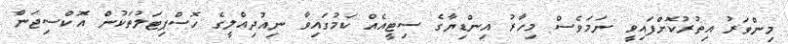
މިންވަރު އިތުރުކޮށްފައިވީ ނަމަވެސް މިހާރު އިންޑިޔާގެ ސިޓީއެއް ކަމުގައިވާ ނިއުދިއްލީގެ ހޮސްޕިޓަލުތަކުން އޮކްސިޖަން